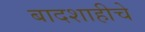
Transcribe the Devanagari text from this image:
बादशाहीचे